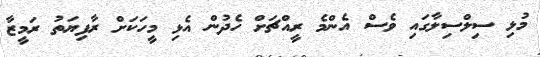
މުޅި ސިލްސިލާގައި ވެސް އެންމެ ރީއްޗަށް ހެދުން އެޅި މީހަކަށް ރާފިޔަތު ރަމީޒާ